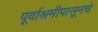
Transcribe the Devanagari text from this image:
पूर्वाश्रमीपासूनचे